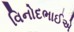
વિનોદભાઈએ